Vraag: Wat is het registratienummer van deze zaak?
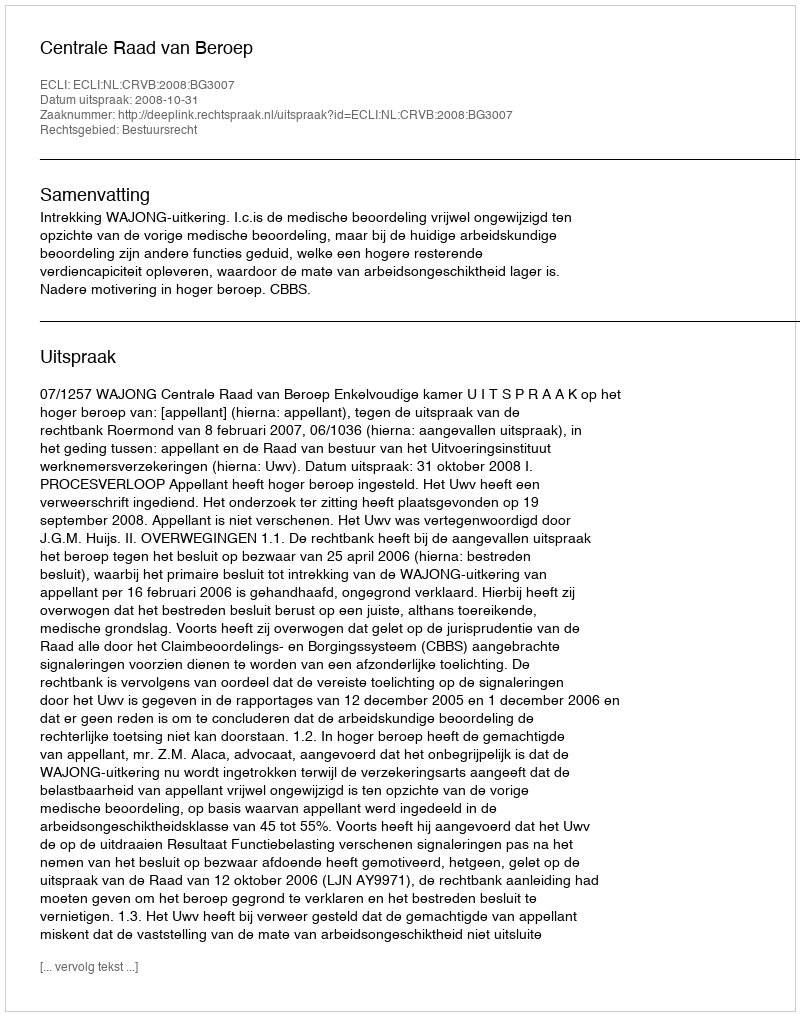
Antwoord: http://deeplink.rechtspraak.nl/uitspraak?id=ECLI:NL:CRVB:2008:BG3007